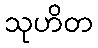
သုဟိတ